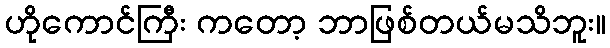
ဟိုကောင်ကြီး ကတော့ ဘာဖြစ်တယ်မသိဘူး။